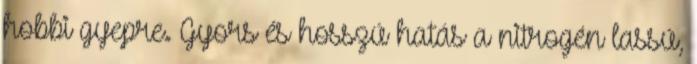
hobbi gyepre. Gyors és hosszú hatás a nitrogén lassú,